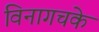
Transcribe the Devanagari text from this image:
विनागचके